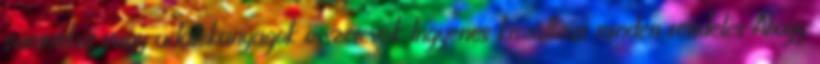
szintetikus vagy adalékanyagok összetevők Ingyenes kiszállítás minden rendelés Ahogy